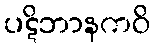
ပဋိဘာနကဝိ